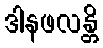
ဒါနဖလန္တိ